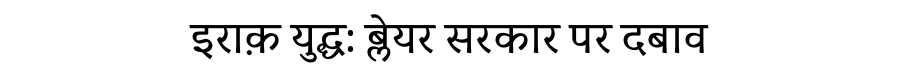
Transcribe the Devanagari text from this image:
इराक़ युद्ध: ब्लेयर सरकार पर दबाव